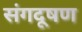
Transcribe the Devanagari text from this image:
संगदूषण